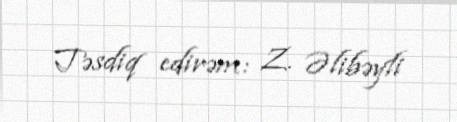
Təsdiq edirəm: Z. Əlibəyli